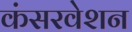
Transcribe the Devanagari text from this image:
कंसरवेशन